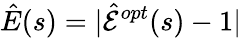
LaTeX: \hat{E}(s)=|\hat{\mathcal{E}}^{opt}(s)-1|